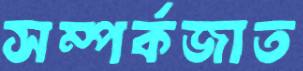
সম্পর্কজাত